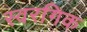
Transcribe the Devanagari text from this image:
स्वरगिक